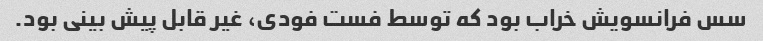
سس فرانسویش خراب بود که توسط فست فودی، غیر قابل پیش بینی بود.